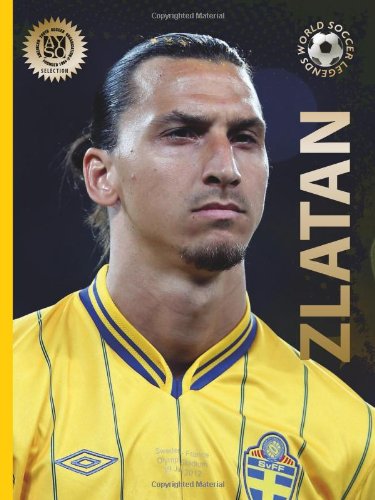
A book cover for Zlatan (World Soccer Legends); Illugi JÃ¶kulsson; Children's Books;